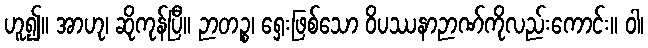
ဟူ၍။ အာဟု၊ ဆိုကုန်ပြီ။ ဉာတဉ္စ၊ ရှေးဖြစ်သော ဝိပဿနာဉာဏ်ကိုလည်းကောင်း။ ဝါ၊